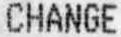
CHANGE